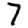
Digit: 7